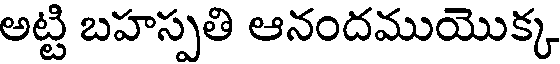
అట్టి బహస్పతి ఆనందముయొక్క